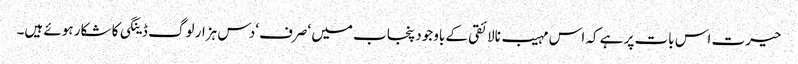
حیرت اس بات پر ہے کہ اس مہیب نالائقی کے باوجود پنجاب میں ‘صرف‘ دس ہزار لوگ ڈینگی کا شکار ہوئے ہیں۔